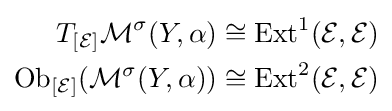
{\begin{aligned}T_{[{\mathcal {E}}]}{\mathcal {M}}^{\sigma }(Y,\alpha )&\cong {\text{Ext}}^{1}({\mathcal {E}},{\mathcal {E}})\\{\text{Ob}}_{[{\mathcal {E}}]}({\mathcal {M}}^{\sigma }(Y,\alpha ))&\cong {\text{Ext}}^{2}({\mathcal {E}},{\mathcal {E}})\end{aligned}}